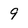
Character: 9